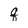
Character: q